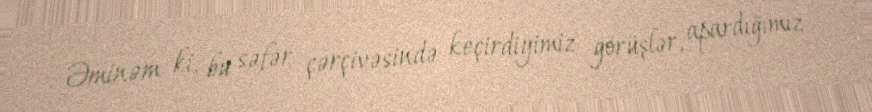
Əminəm ki, bu səfər çərçivəsində keçirdiyimiz görüşlər, apardığımız